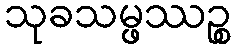
သုခသမ္ဖဿဉ္စ